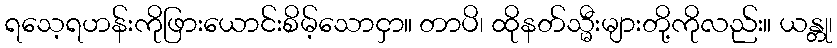
ရသေ့ရဟန်းကိုဖြားယောင်းစိမ့်သောငှာ။ တာပိ၊ ထိုနတ်သ္မီးများတို့ကိုလည်း။ ယန္တု၊